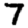
Digit: 7